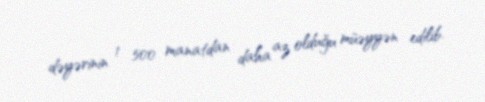
dəyərinin 1 500 manatdan daha az olduğu müəyyən edilib.